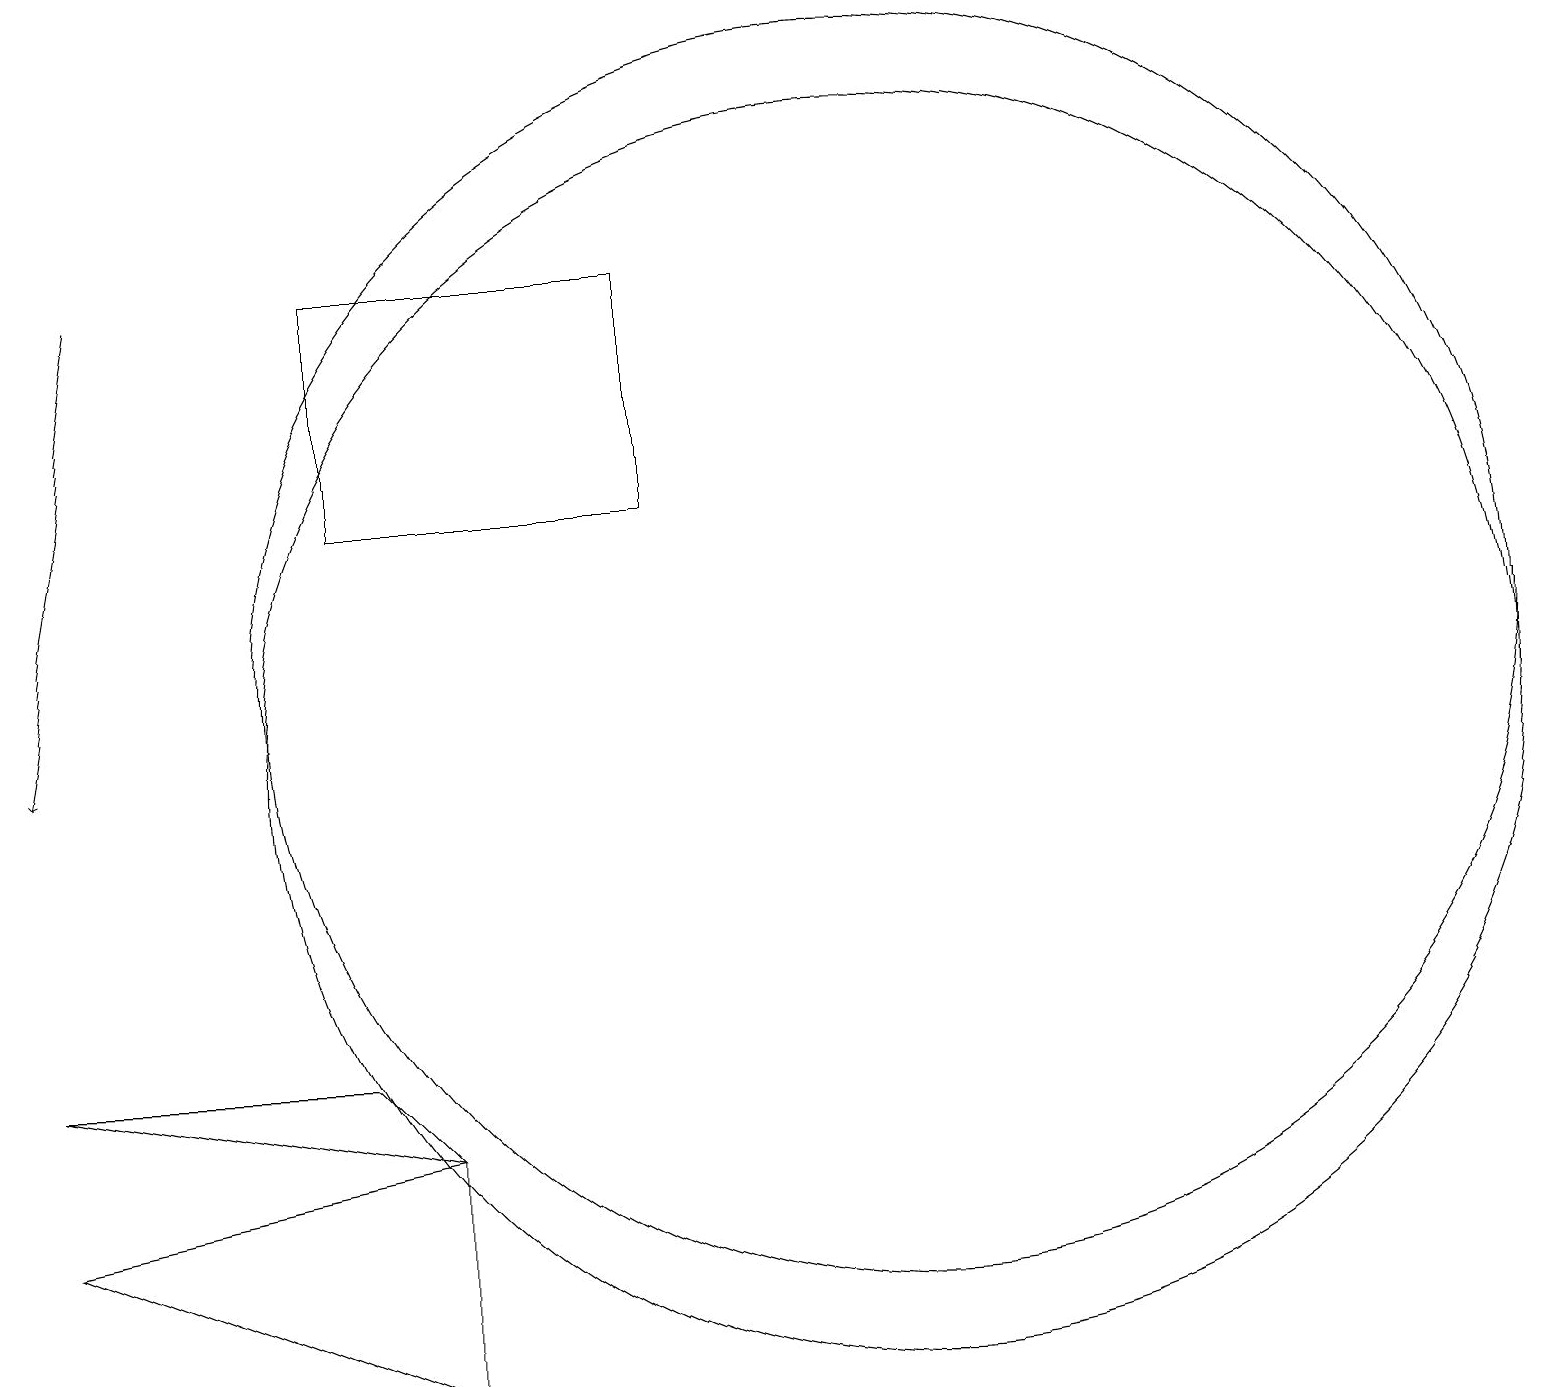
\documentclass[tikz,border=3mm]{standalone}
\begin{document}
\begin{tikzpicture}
\draw (4,14) rectangle (8,17);
\draw (5,6) -- (0,5) -- (5,3) -- cycle;
\draw (11,11) circle (8);
\draw (11,12) circle (8);
\draw (5,6) -- (0,7) -- (4,7) -- cycle;
\draw[->] (1,17) -- (0,11);
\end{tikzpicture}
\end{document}